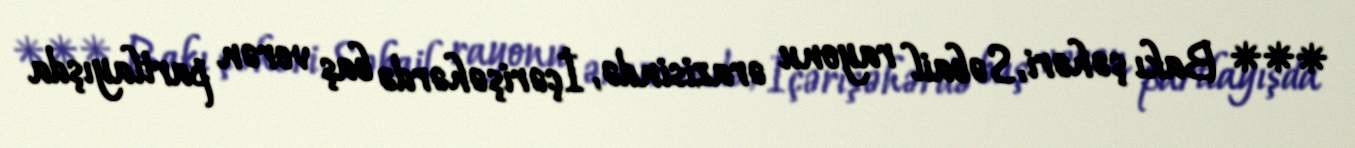
*** Bakı şəhəri, Səbail rayonu ərazisində, İçərişəhərdə baş verən partlayışda